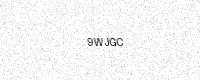
Text: 9WJGC